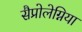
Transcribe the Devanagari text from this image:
सैप्रोलेग्निया